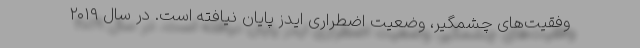
وفقیت‌های چشمگیر، وضعیت اضطراری ایدز پایان نیافته است. در سال ۲۰۱۹